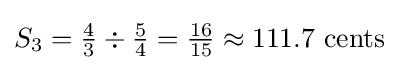
S_{3}={\tfrac {4}{3}}\div {\tfrac {5}{4}}={\tfrac {16}{15}}\approx 111.7\ {\hbox{cents}}